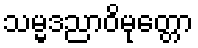
သမ္မဒညာဝိမုတ္တော